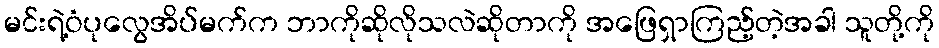
မင်းရဲ့ဝံပုလွေအိပ်မက်က ဘာကိုဆိုလိုသလဲဆိုတာကို အဖြေရှာကြည့်တဲ့အခါ သူတို့ကို